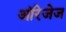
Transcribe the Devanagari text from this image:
ऑरेजेज